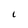
Character: l